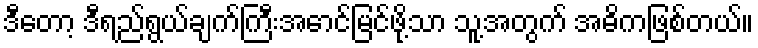
ဒီတော့ ဒီရည်ရွယ်ချက်ကြီးအောင်မြင်ဖို့သာ သူ့အတွက် အဓိကဖြစ်တယ်။